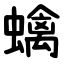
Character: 蠄